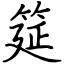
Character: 筵